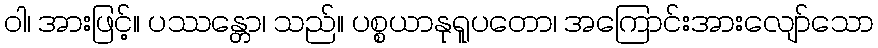
ဝါ၊ အားဖြင့်။ ပဿန္တော၊ သည်။ ပစ္စယာနုရူပတော၊ အကြောင်းအားလျော်သော